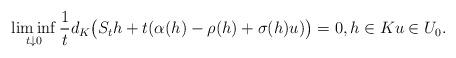
LaTeX: \begin{align*}\liminf_{t \downarrow 0} \frac{1}{t} d_K \big( S_t h + t ( \alpha(h) - \rho(h) + \sigma(h) u ) \big) = 0, h \in K u \in U_0.\end{align*}